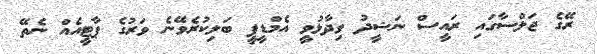
ރޭގެ ޖަލްސާގައި ރައީސް ނަޝީދު ވިދާޅުވީ އެމްޑީޕީ ބަލިކުރެވޭނެ ވަރުގެ ޕާޓީއެއް ނެތޭ